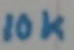
Text: 10K